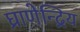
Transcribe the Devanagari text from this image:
घ्राणेन्द्रिय